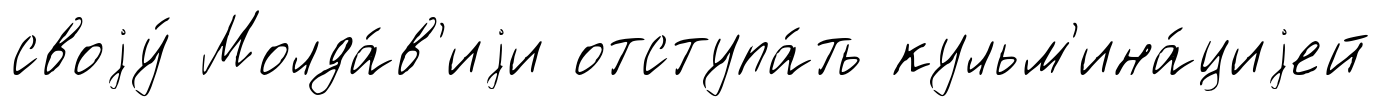
своjу́ Молда́в'иjи отступа́ть кульм'ина́циjей